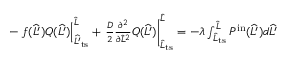
\begin{array} { r } { - \left. f ( \widehat { L ^ { \prime } } ) Q ( \widehat { L ^ { \prime } } ) \right| _ { \widehat { L ^ { \prime } } _ { \mathrm { t s } } } ^ { \widehat { L } } + \left. \frac { D } { 2 } \frac { \partial ^ { 2 } } { \partial \widehat { L } ^ { 2 } } Q ( \widehat { L ^ { \prime } } ) \right| _ { \widehat { L } _ { \mathrm { t s } } } ^ { \widehat { L } } = - \lambda \int _ { \widehat { L } _ { \mathrm { t s } } } ^ { \widehat { L } } P ^ { \mathrm { i n } } ( \widehat { L ^ { \prime } } ) d \widehat { L ^ { \prime } } } \end{array}